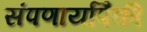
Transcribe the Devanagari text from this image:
संपणार्यांपैकी